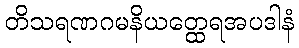
တိသရဏဂမနိယတ္ထေရအပဒါနံ